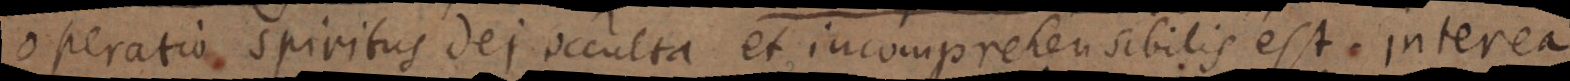
operatio spiritus Dei occulta et incomprehensibilis est. Interea